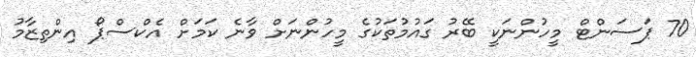
70 ޕަސަންޓް މީހުންނަކީ ބޭރު ގައުމުތަކުގެ މީހުންނަށް ވާނެ ކަމަށް އެކްސްޕޯ އިންތިޒާމު